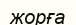
жорға